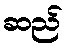
ဆည်